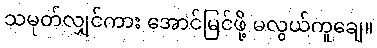
သမုတ်လျှင်ကား အောင်မြင်ဖို့ မလွယ်ကူချေ။